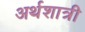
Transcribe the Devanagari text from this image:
अर्थशात्री